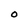
Character: 0